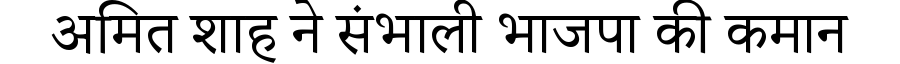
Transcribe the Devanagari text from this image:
अमित शाह ने संभाली भाजपा की कमान